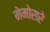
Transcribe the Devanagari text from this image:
मेमोरारे